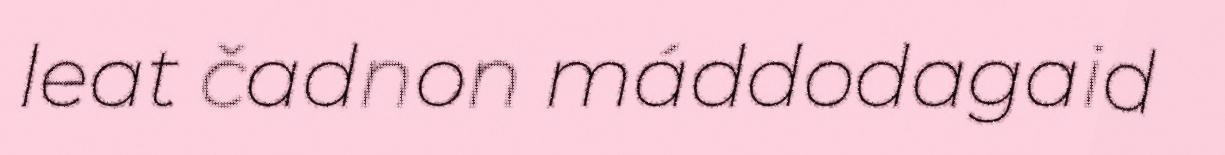
leat čadnon máddodagaid